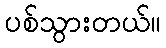
ပစ်သွားတယ်။